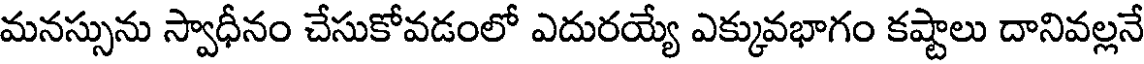
మనస్సును స్వాధీనం చేసుకోవడంలో ఎదురయ్యే ఎక్కువభాగం కష్టాలు దానివల్లనే